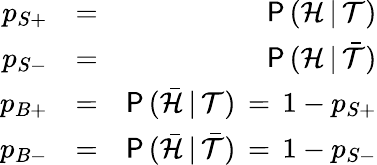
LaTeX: \begin{array}{rlr}{p_{S+}}&{=}&{\mathsf{P}\, (\mathcal{H}\, |\, \mathcal{T})}\\ {p_{S-}}&{=}&{\mathsf{P}\, (\mathcal{H}\, |\, \bar{\mathcal{T}})}\\ {p_{B+}}&{=}&{\mathsf{P}\, (\bar{\mathcal{H}}\, |\, \mathcal{T})\, =\, 1-p_{S+}}\\ {p_{B-}}&{=}&{\mathsf{P}\, (\bar{\mathcal{H}}\, |\, \bar{\mathcal{T}})\, =\, 1-p_{S-}}\end{array}